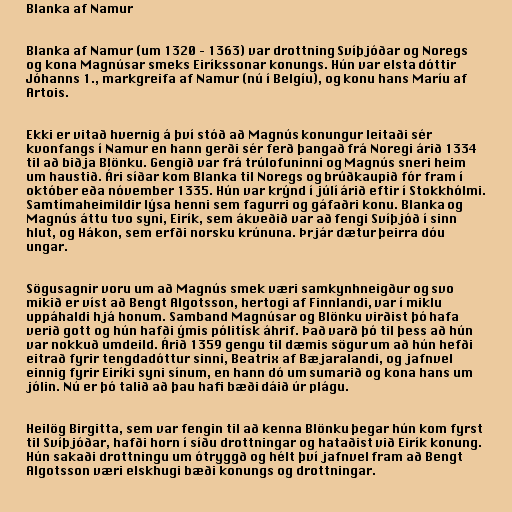
Blanka af Namur

Blanka af Namur (um 1320 – 1363) var drottning Svíþjóðar og Noregs
og kona Magnúsar smeks Eiríkssonar konungs. Hún var elsta dóttir
Jóhanns 1., markgreifa af Namur (nú í Belgíu), og konu hans Maríu af
Artois.

Ekki er vitað hvernig á því stóð að Magnús konungur leitaði sér
kvonfangs í Namur en hann gerði sér ferð þangað frá Noregi árið 1334
til að biðja Blönku. Gengið var frá trúlofuninni og Magnús sneri heim
um haustið. Ári síðar kom Blanka til Noregs og brúðkaupið fór fram í
október eða nóvember 1335. Hún var krýnd í júlí árið eftir í Stokkhólmi.
Samtímaheimildir lýsa henni sem fagurri og gáfaðri konu. Blanka og
Magnús áttu tvo syni, Eirík, sem ákveðið var að fengi Svíþjóð í sinn
hlut, og Hákon, sem erfði norsku krúnuna. Þrjár dætur þeirra dóu
ungar.

Sögusagnir voru um að Magnús smek væri samkynhneigður og svo
mikið er víst að Bengt Algotsson, hertogi af Finnlandi, var í miklu
uppáhaldi hjá honum. Samband Magnúsar og Blönku virðist þó hafa
verið gott og hún hafði ýmis pólitísk áhrif. Það varð þó til þess að hún
var nokkuð umdeild. Árið 1359 gengu til dæmis sögur um að hún hefði
eitrað fyrir tengdadóttur sinni, Beatrix af Bæjaralandi, og jafnvel
einnig fyrir Eiríki syni sínum, en hann dó um sumarið og kona hans um
jólin. Nú er þó talið að þau hafi bæði dáið úr plágu.

Heilög Birgitta, sem var fengin til að kenna Blönku þegar hún kom fyrst
til Svíþjóðar, hafði horn í síðu drottningar og hataðist við Eirík konung.
Hún sakaði drottningu um ótryggð og hélt því jafnvel fram að Bengt
Algotsson væri elskhugi bæði konungs og drottningar.